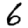
Digit: 6